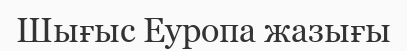
Шығыс Еуропа жазығы